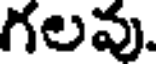
గలవు.